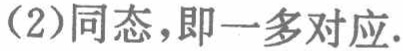
(2)同态，即一多对应.